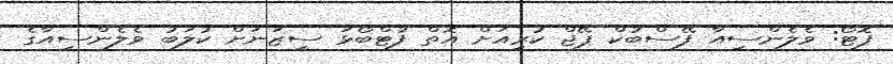
ފޮޓޯ: ވެލެންސިއާ ފޭސްބުކް ޕޭޖް ކުރިއަށް އޮތް ފުޓްބޯޅަ ސީޒަނަށް ކުލަބު ވެލެންސިއާގެ